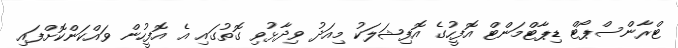
ޓްރާންސްޕޯޓް ޑިޕާޓްމަންޓް އޮފީހުގެ އޮފިޝަލަކު މިއަދު ވިދާޅުވި ގޮތުގައި އެ އޮފީހުން ވައްކަންކޮށްފައި